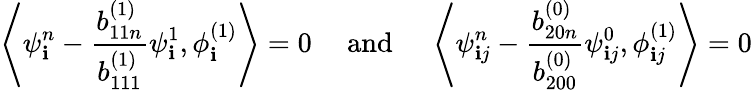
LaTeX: \left\langle\psi_{\mathbf{i}}^{n}-\frac{{b_{11n}^{(1)}}}{{b_{111}^{(1)}}}\psi_{\mathbf{i}}^{1},\phi_{\mathbf{i}}^{(1)}\right\rangle=0\quad\mathrm{{~and~}}\quad\left\langle\psi_{\mathbf{i}j}^{n}-\frac{{b_{20n}^{(0)}}}{{b_{200}^{(0)}}}\psi_{\mathbf{i}j}^{0},\phi_{\mathbf{i}j}^{(1)}\right\rangle=0